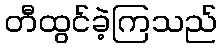
တီထွင်ခဲ့ကြသည်